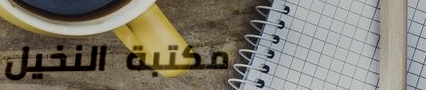
مكتبة النخيل